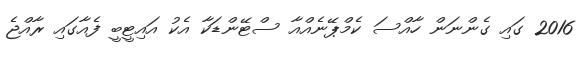
2016 ގައި ގެންނަން ހާއްސަ ކެމްޕޭނެއްއާ ސްޓޭންޑަކާ އެކު އައިޓީބީ ފެއާގައި ރާއްޖެ